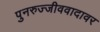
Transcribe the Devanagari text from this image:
पुनरुज्जीववादावर